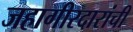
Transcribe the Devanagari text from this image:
जहागीरदारांची